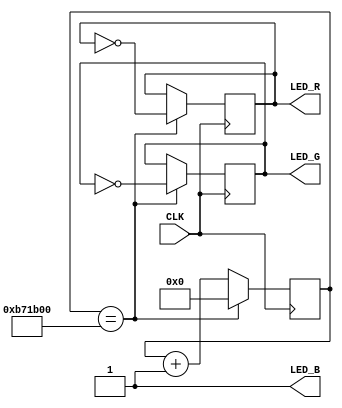
module top(
    input       CLK,
    output      LED_R,
    output      LED_G,
    output      LED_B
);

    reg [23:0] counter;

    initial begin
        LED_R <= 1;
        LED_G <= 0;
        LED_B <= 1;
    end

    // Increment counter on rising edge of clock
    always @(posedge CLK) begin
        counter <= counter + 1;

        if (counter == 12000000) begin
            counter <= 0;
            LED_R <= ~ LED_R;
            LED_G <= ~ LED_G;
        end
    end

endmodule